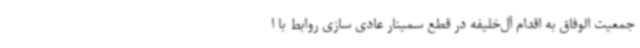
جمعیت الوفاق به اقدام آل‌خلیفه در قطع سمینار عادی سازی روابط با ا